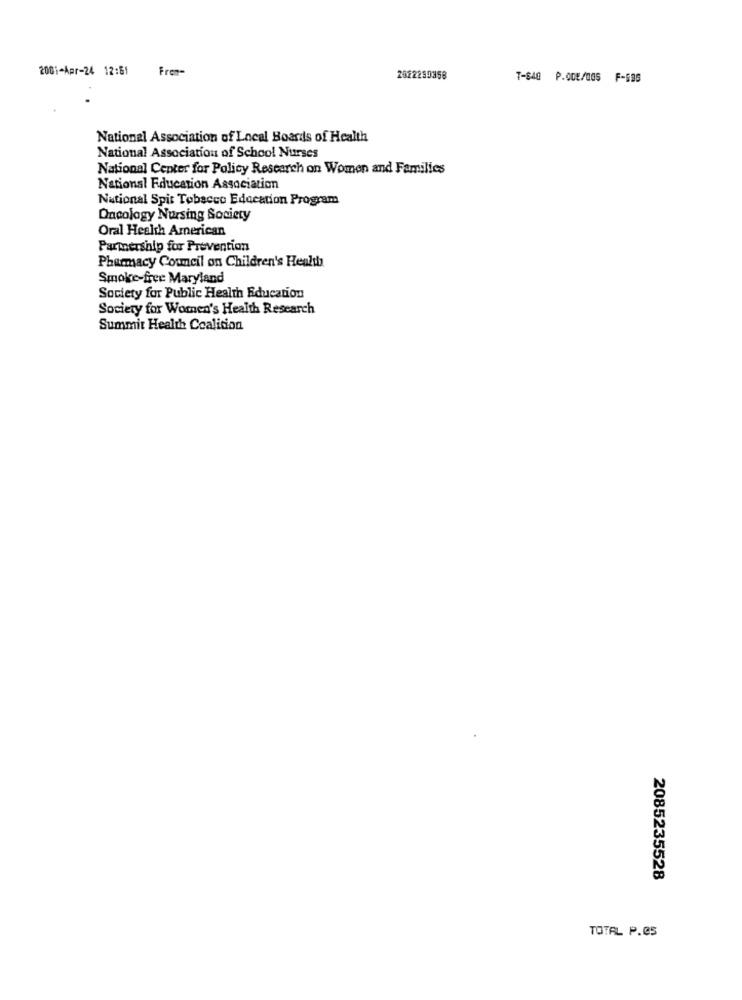
2001-Apr-24 12:61
From=
2022239358
7-840 P.ODE/005 F-636
National Association of Local Boards of Health
National Association of School Nurses
National Center for Policy Research on Women and Families
National Education Association
National Spit Tobacco Education Program
Oncology Nursing Society
Oral Health American
Partnership for Prevention
Pharmacy Council on Children's Health
Smoke-free Maryland
Society for Public Health Education
Society for Women's Health Research
Summit Health Coalition
2085235528
TOTAL P.05